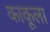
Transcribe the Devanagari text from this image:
काकूला